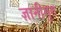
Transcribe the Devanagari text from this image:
ज्ञानीगुरु